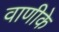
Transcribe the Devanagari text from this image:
वाणीके